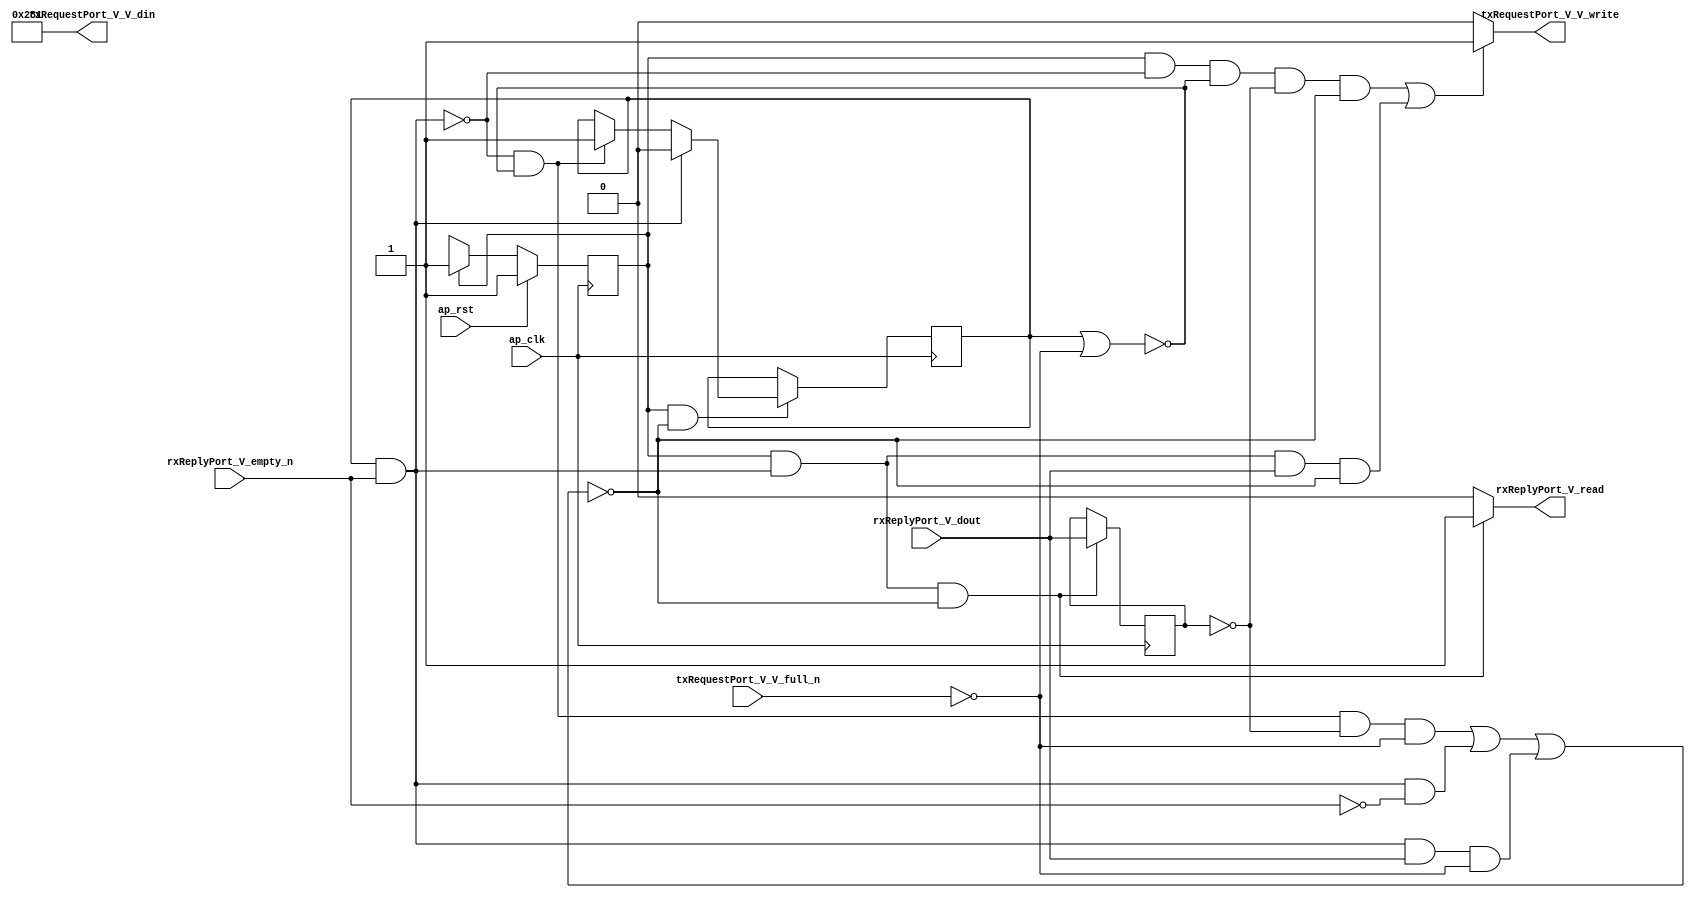
// ==============================================================
// RTL generated by Vivado(TM) HLS - High-Level Synthesis from C, C++ and SystemC
// Version: 2016.3
// Copyright (C) 1986-2016 Xilinx, Inc. All Rights Reserved.
// 
// ===========================================================

`timescale 1 ns / 1 ps 

(* CORE_GENERATION_INFO="udpPortReq,hls_ip_2016_3,{HLS_INPUT_TYPE=cxx,HLS_INPUT_FLOAT=0,HLS_INPUT_FIXED=1,HLS_INPUT_PART=xcku115-flva1517-2-e,HLS_INPUT_CLOCK=3.000000,HLS_INPUT_ARCH=others,HLS_SYN_CLOCK=0.892000,HLS_SYN_LAT=0,HLS_SYN_TPT=none,HLS_SYN_MEM=0,HLS_SYN_DSP=0,HLS_SYN_FF=3,HLS_SYN_LUT=7}" *)

module udpPortReq (
        ap_clk,
        ap_rst,
        txRequestPort_V_V_din,
        txRequestPort_V_V_full_n,
        txRequestPort_V_V_write,
        rxReplyPort_V_dout,
        rxReplyPort_V_empty_n,
        rxReplyPort_V_read
);

parameter    ap_ST_fsm_state1 = 1'b1;
parameter    ap_const_lv32_0 = 32'b00000000000000000000000000000000;
parameter    ap_const_lv16_281 = 16'b1010000001;

input   ap_clk;
input   ap_rst;
output  [15:0] txRequestPort_V_V_din;
input   txRequestPort_V_V_full_n;
output   txRequestPort_V_V_write;
input   rxReplyPort_V_dout;
input   rxReplyPort_V_empty_n;
output   rxReplyPort_V_read;

reg txRequestPort_V_V_write;
reg rxReplyPort_V_read;

reg   [0:0] waiting;
reg   [0:0] recvReply;
reg    txRequestPort_V_V_blk_n;
(* fsm_encoding = "none" *) reg   [0:0] ap_CS_fsm;
wire   [0:0] ap_CS_fsm_state1;
wire   [0:0] brmerge_demorgan_fu_112_p2;
wire   [0:0] tmp_3_read_fu_102_p2;
wire   [0:0] brmerge1_fu_124_p2;
reg    rxReplyPort_V_blk_n;
reg    ap_condition_56;
wire   [0:0] brmerge_demorgan_fu_112_p1;
wire   [0:0] tmp_1_not_fu_118_p0;
wire   [0:0] tmp_1_not_fu_118_p2;
reg   [0:0] ap_NS_fsm;

// power-on initialization
initial begin
#0 waiting = 1'b0;
#0 recvReply = 1'b0;
#0 ap_CS_fsm = 1'b1;
end

always @ (posedge ap_clk) begin
    if (ap_rst == 1'b1) begin
        ap_CS_fsm <= ap_ST_fsm_state1;
    end else begin
        ap_CS_fsm <= ap_NS_fsm;
    end
end

always @ (posedge ap_clk) begin
    if (((ap_CS_fsm_state1 == 1'b1) & ~(ap_condition_56 == 1'b1))) begin
        if (~(1'b0 == brmerge_demorgan_fu_112_p2)) begin
            waiting <= 1'b0;
        end else if (((1'b0 == brmerge_demorgan_fu_112_p2) & (1'b0 == brmerge1_fu_124_p2))) begin
            waiting <= 1'b1;
        end
    end
end

always @ (posedge ap_clk) begin
    if (((ap_CS_fsm_state1 == 1'b1) & ~(1'b0 == brmerge_demorgan_fu_112_p2) & ~(ap_condition_56 == 1'b1))) begin
        recvReply <= rxReplyPort_V_dout;
    end
end

always @ (*) begin
    if (((ap_CS_fsm_state1 == 1'b1) & ~(1'b0 == brmerge_demorgan_fu_112_p2))) begin
        rxReplyPort_V_blk_n = rxReplyPort_V_empty_n;
    end else begin
        rxReplyPort_V_blk_n = 1'b1;
    end
end

always @ (*) begin
    if (((ap_CS_fsm_state1 == 1'b1) & ~(1'b0 == brmerge_demorgan_fu_112_p2) & ~(ap_condition_56 == 1'b1))) begin
        rxReplyPort_V_read = 1'b1;
    end else begin
        rxReplyPort_V_read = 1'b0;
    end
end

always @ (*) begin
    if ((((ap_CS_fsm_state1 == 1'b1) & ~(1'b0 == brmerge_demorgan_fu_112_p2) & ~(1'b0 == tmp_3_read_fu_102_p2)) | ((ap_CS_fsm_state1 == 1'b1) & (1'b0 == brmerge_demorgan_fu_112_p2) & (1'b0 == brmerge1_fu_124_p2) & (1'b0 == recvReply)))) begin
        txRequestPort_V_V_blk_n = txRequestPort_V_V_full_n;
    end else begin
        txRequestPort_V_V_blk_n = 1'b1;
    end
end

always @ (*) begin
    if ((((ap_CS_fsm_state1 == 1'b1) & (1'b0 == brmerge_demorgan_fu_112_p2) & (1'b0 == brmerge1_fu_124_p2) & (1'b0 == recvReply) & ~(ap_condition_56 == 1'b1)) | ((ap_CS_fsm_state1 == 1'b1) & ~(1'b0 == brmerge_demorgan_fu_112_p2) & ~(1'b0 == tmp_3_read_fu_102_p2) & ~(ap_condition_56 == 1'b1)))) begin
        txRequestPort_V_V_write = 1'b1;
    end else begin
        txRequestPort_V_V_write = 1'b0;
    end
end

always @ (*) begin
    case (ap_CS_fsm)
        ap_ST_fsm_state1 : begin
            ap_NS_fsm = ap_ST_fsm_state1;
        end
        default : begin
            ap_NS_fsm = 'bx;
        end
    endcase
end

assign ap_CS_fsm_state1 = ap_CS_fsm[ap_const_lv32_0];

always @ (*) begin
    ap_condition_56 = (((1'b0 == brmerge_demorgan_fu_112_p2) & (1'b0 == brmerge1_fu_124_p2) & (1'b0 == recvReply) & (txRequestPort_V_V_full_n == 1'b0)) | (~(1'b0 == brmerge_demorgan_fu_112_p2) & (rxReplyPort_V_empty_n == 1'b0)) | (~(1'b0 == brmerge_demorgan_fu_112_p2) & ~(1'b0 == tmp_3_read_fu_102_p2) & (txRequestPort_V_V_full_n == 1'b0)));
end

assign brmerge1_fu_124_p2 = (waiting | tmp_1_not_fu_118_p2);

assign brmerge_demorgan_fu_112_p1 = rxReplyPort_V_empty_n;

assign brmerge_demorgan_fu_112_p2 = (waiting & brmerge_demorgan_fu_112_p1);

assign tmp_1_not_fu_118_p0 = txRequestPort_V_V_full_n;

assign tmp_1_not_fu_118_p2 = (tmp_1_not_fu_118_p0 ^ 1'b1);

assign tmp_3_read_fu_102_p2 = rxReplyPort_V_dout;

assign txRequestPort_V_V_din = ap_const_lv16_281;

endmodule //udpPortReq